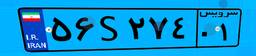
۶۱S۵۳۲۹۴